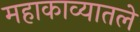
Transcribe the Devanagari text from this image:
महाकाव्यातले